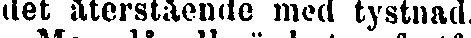
det återstående mod tystnad.